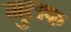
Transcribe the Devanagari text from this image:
गुलफ